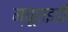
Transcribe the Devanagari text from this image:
म्यूराइडी